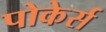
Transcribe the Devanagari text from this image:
पोकेर्स